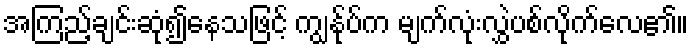
အကြည့်ချင်းဆုံ၍နေသဖြင့် ကျွန်ုပ်က မျက်လုံးလွှဲပစ်လိုက်လေ၏။